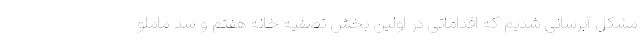
مشکل آبرسانی شدیم که اقداماتی در اولین بخش تصفیه خانه هفتم و سد ماملو